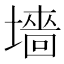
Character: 墻